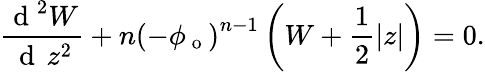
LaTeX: \frac{\mathrm{~d~}^{2}W}{\mathrm{~d~}\, z^{2}}+n\left(-\phi_{\mathrm{~o~}}\right)^{n-1}\left(W+\frac{1}{2}|z|\right)=0.